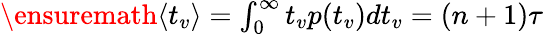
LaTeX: \begin{array}{r}{{\ensuremath{\left\langle t_{v}\right\rangle}}=\int_{0}^{\infty}t_{v}p(t_{v})dt_{v}=(n+1)\tau}\end{array}